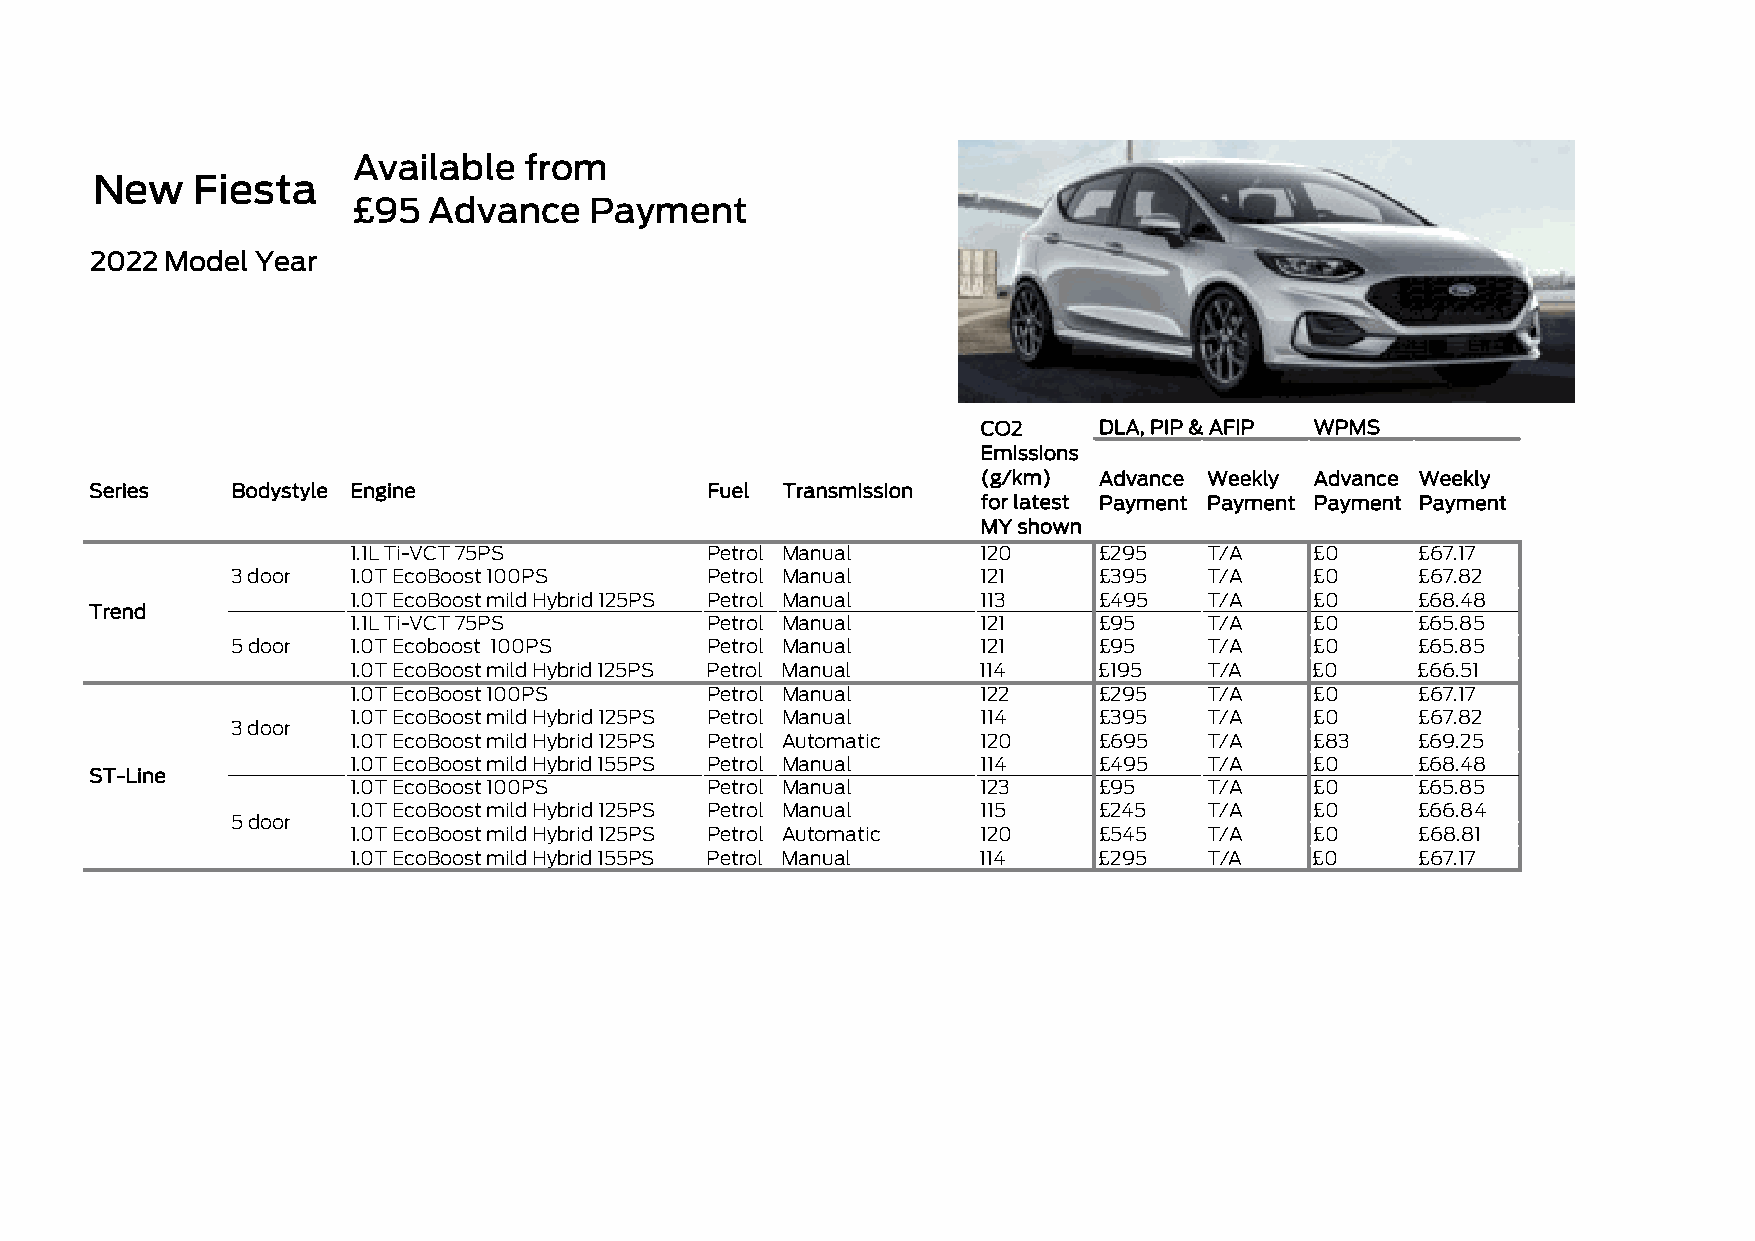
Available   from
 New    Fiesta
 £95  Advance    Payment
 2022 Model Year
 CO2     DLA, PIP & AFIP WPMS
 Emissions
 (g/km)  Advance Weekly Advance Weekly
 Series   Bodystyle Engine                Fuel Transmission
 for latest Payment Payment Payment Payment
 MY shown
 1.1L Ti-VCT 75PS        Petrol Manual     120     £295   T/A    £0     £67.17
 3 door  1.0T EcoBoost 100PS     Petrol Manual     121     £395   T/A    £0     £67.82
 1.0T EcoBoost mild Hybrid 125PS Petrol Manual 113 £495   T/A    £0     £68.48
 Trend
 1.1L Ti-VCT 75PS        Petrol Manual     121     £95    T/A    £0     £65.85
 5 door  1.0T Ecoboost 100PS     Petrol Manual     121     £95    T/A    £0     £65.85
 1.0T EcoBoost mild Hybrid 125PS Petrol Manual 114 £195   T/A    £0     £66.51
 1.0T EcoBoost 100PS     Petrol Manual     122     £295   T/A    £0     £67.17
 1.0T EcoBoost mild Hybrid 125PS Petrol Manual 114 £395   T/A    £0     £67.82
 3 door
 1.0T EcoBoost mild Hybrid 125PS Petrol Automatic 120 £695 T/A   £83    £69.25
 1.0T EcoBoost mild Hybrid 155PS Petrol Manual 114 £495   T/A    £0     £68.48
 ST-Line
 1.0T EcoBoost 100PS     Petrol Manual     123     £95    T/A    £0     £65.85
 1.0T EcoBoost mild Hybrid 125PS Petrol Manual 115 £245   T/A    £0     £66.84
 5 door
 1.0T EcoBoost mild Hybrid 125PS Petrol Automatic 120 £545 T/A   £0     £68.81
 1.0T EcoBoost mild Hybrid 155PS Petrol Manual 114 £295   T/A    £0     £67.17